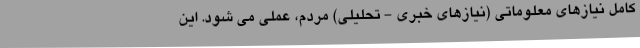
کامل نیازهای معلوماتی (نیازهای خبری - تحلیلی) مردم، عملی می شود. این